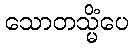
သောတသ္မိံပေ